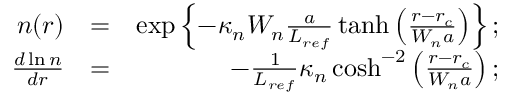
\begin{array} { r l r } { n ( r ) } & { = } & { \exp \left\{ - \kappa _ { n } W _ { n } \frac { a } { L _ { r e f } } \operatorname { t a n h } \left( \frac { r - r _ { c } } { W _ { n } a } \right) \right\} ; } \\ { \frac { d \ln n } { d r } } & { = } & { - \frac { 1 } { L _ { r e f } } \kappa _ { n } \cosh ^ { - 2 } \left( \frac { r - r _ { c } } { W _ { n } a } \right) ; } \end{array}